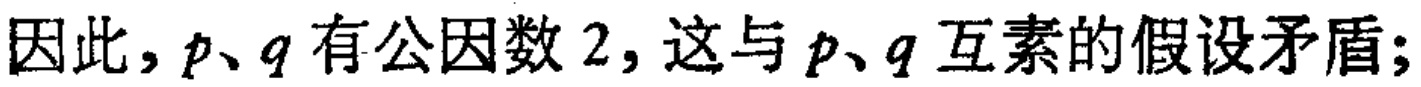
因此，$p、q$ 有公因数 $2$，这与 $p、q$ 互素的假设矛盾；